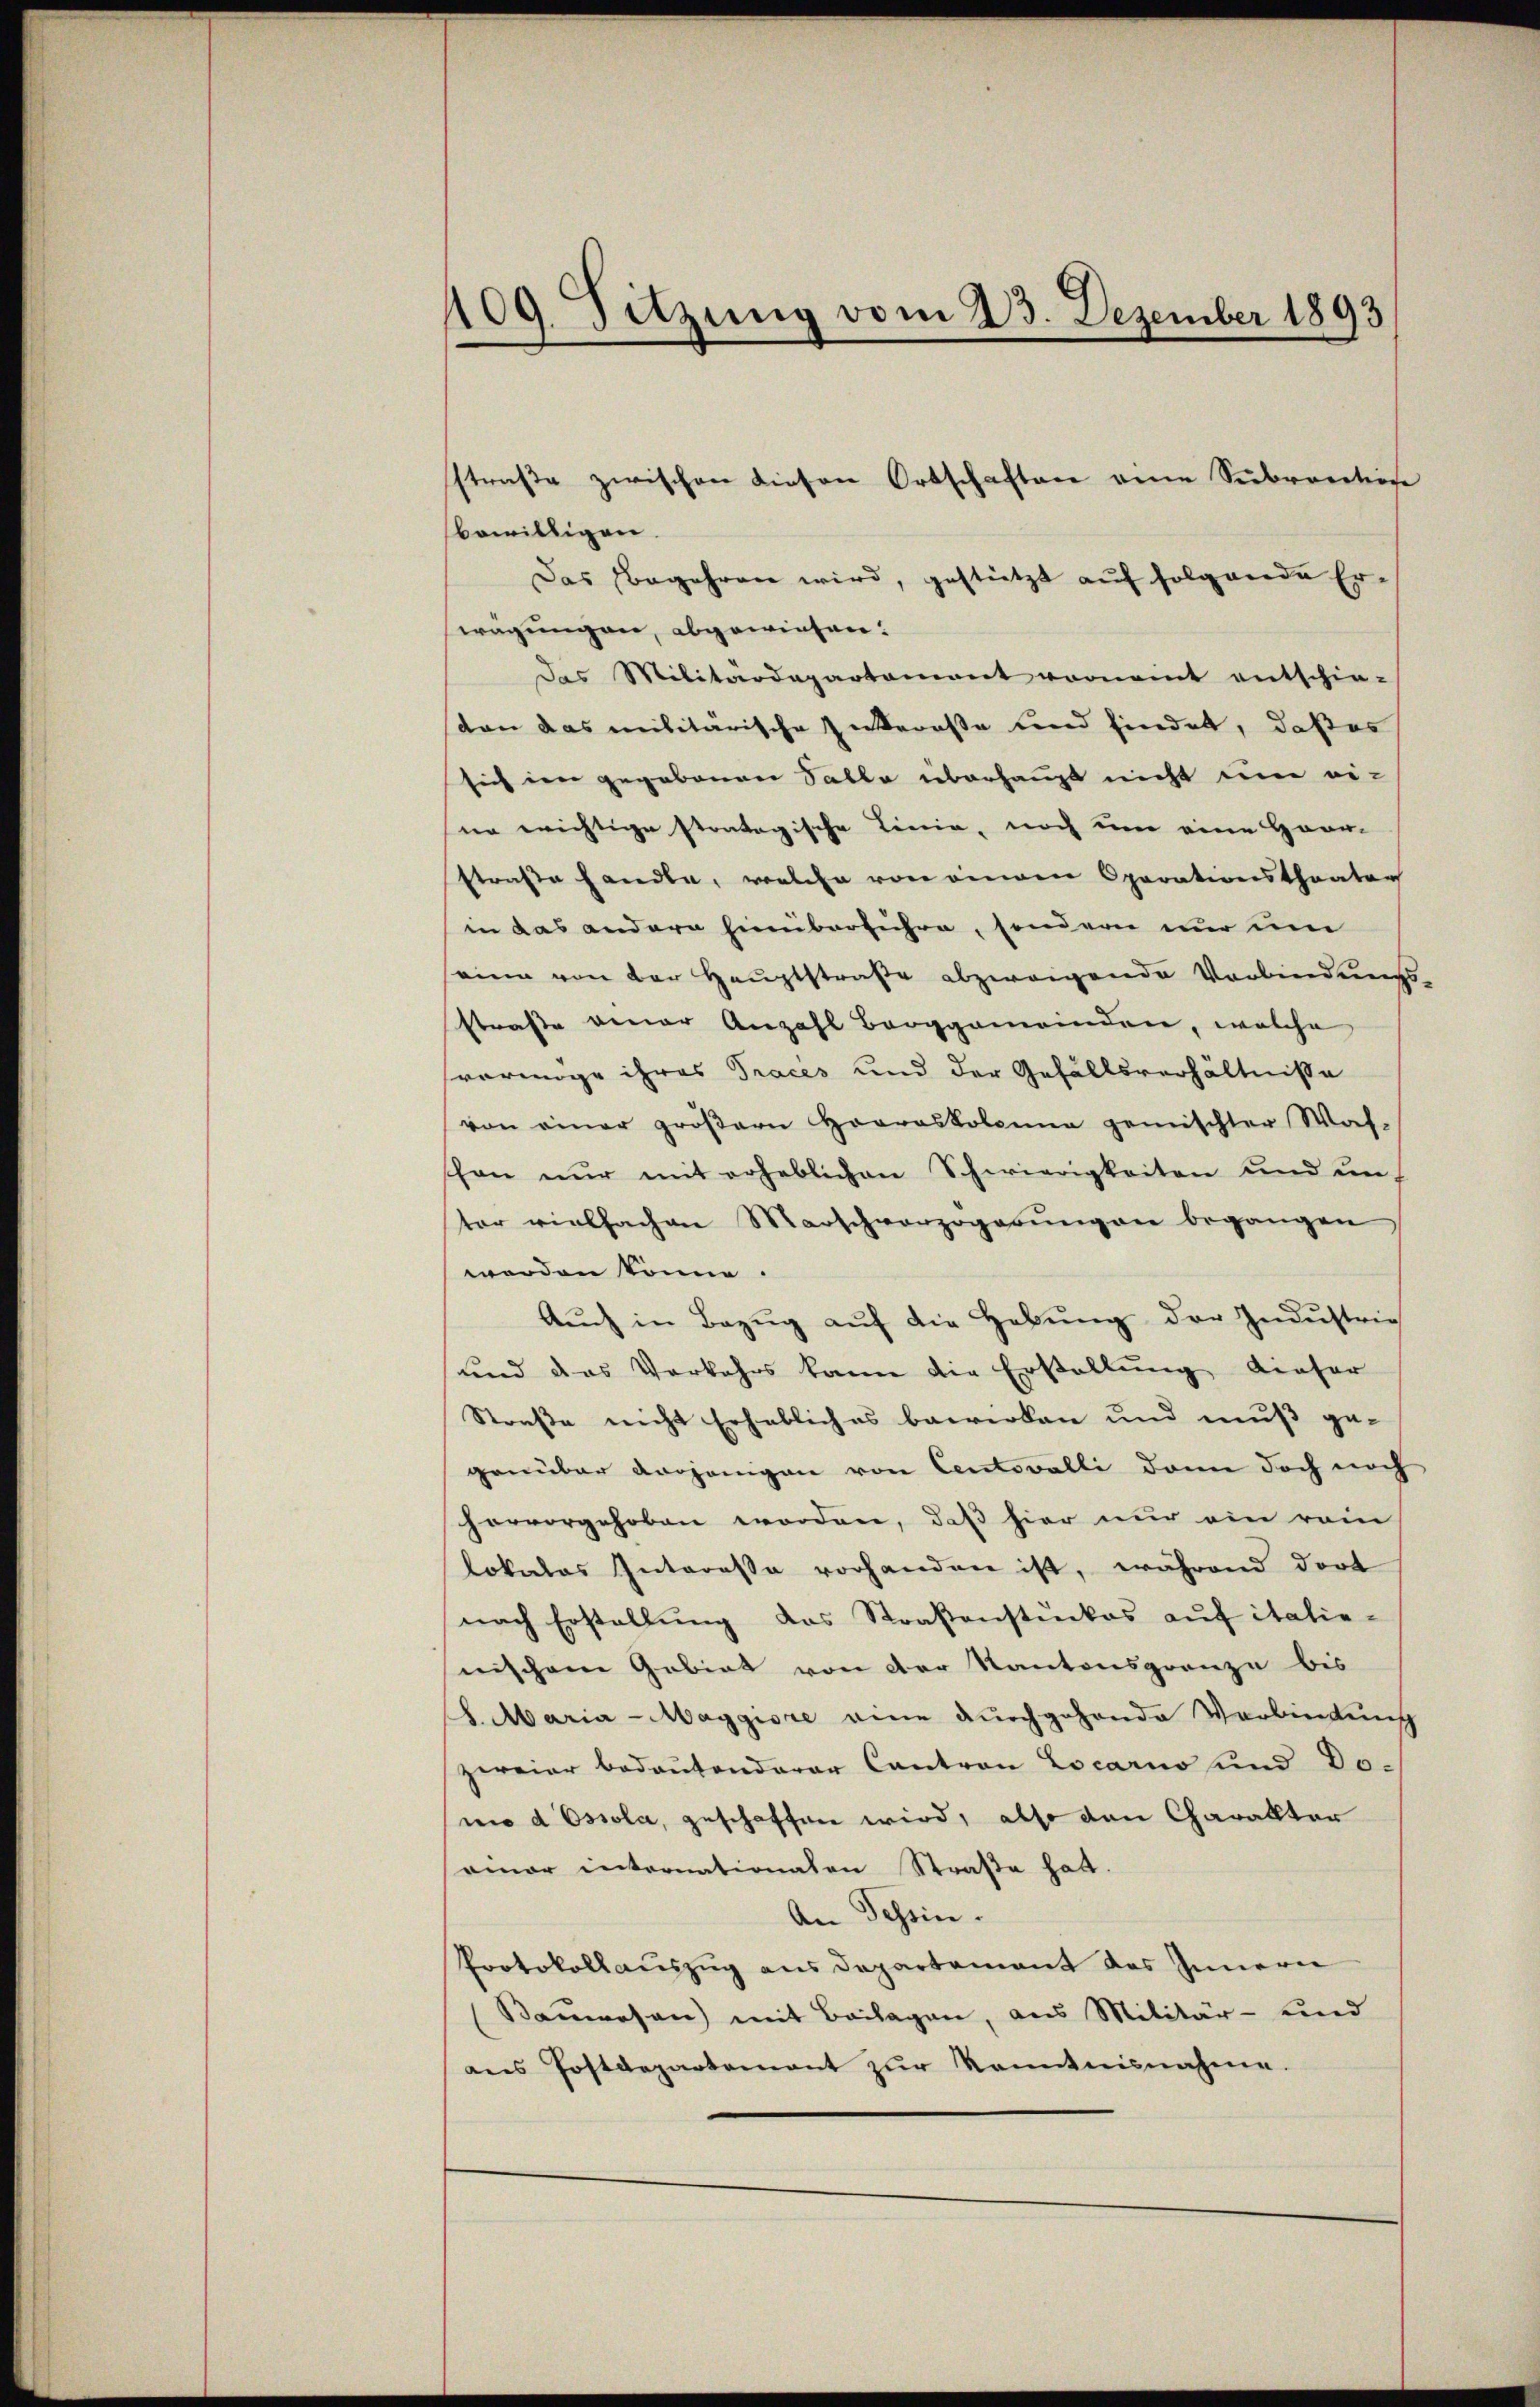
409. Sitzung vom 23. Dezember 1893

bewilligen.
Das Begehren wird, gestützt auf folgende Er-
wägungen, abgewiesen:
Das Militärdepartemont vornamt entschie-
sten das militärische Intereße und findet, daß es
sich im gegebenen Salle überhaupt nicht eine ei-
sie wichtige stratogische Linie, noch um eine Herr-
straße handle, welche von einen Oparationstheater
in das andern hinüberführe, sondern nur um
seine von der Hauptstraße abzweigende Verbindungs-
straße einer Anzahl Berggemeinden, welche
vermöge ihres Traces und der Gefällsverhältnisse
von einer gröβern Horroskolonna gemischter Wah-
schon nur mit erheblichen Schwierigkeiten und uns
ter vielfachen Marschvorzogesŭngen begangen
worden könne.
Aŭch in Bezŭg aŭf die Hebŭng der Industrie
und das Vorkehrs kann die Erstellung dieser
Straße nicht Erhebliches bewirken und muß gegenüber vorjenigen von Centovalli dann doch noch
hervorgehoben worden, daß hier nur ein rein
lokales Interesse vorhanden ist, während dort
nach Erstellung das Straßenstückes auf italie-
nischem Gebiet von der Kantonsgrenze bis
S. Maria-Maggiore eine durchgehende Verbindung
zweier bedeutenderer Canton Locarno und Do-
no d Ossola, geschaffen wird, also den Charakter
seiner internationaten Straße hat.
An Tessin.
Protokollauszug aus Departement des Innern
Bauwesen) mit Beilagen, aus Militär- und
ans Postdepartement zŭr Kenntnisnahme.

sstraße zwischen diesen Ortschaften eine Subvention